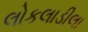
લોકલાડીલા